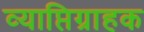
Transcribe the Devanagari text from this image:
व्याप्तिग्राहक